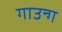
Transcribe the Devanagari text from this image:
गाउन्ग